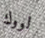
لووك